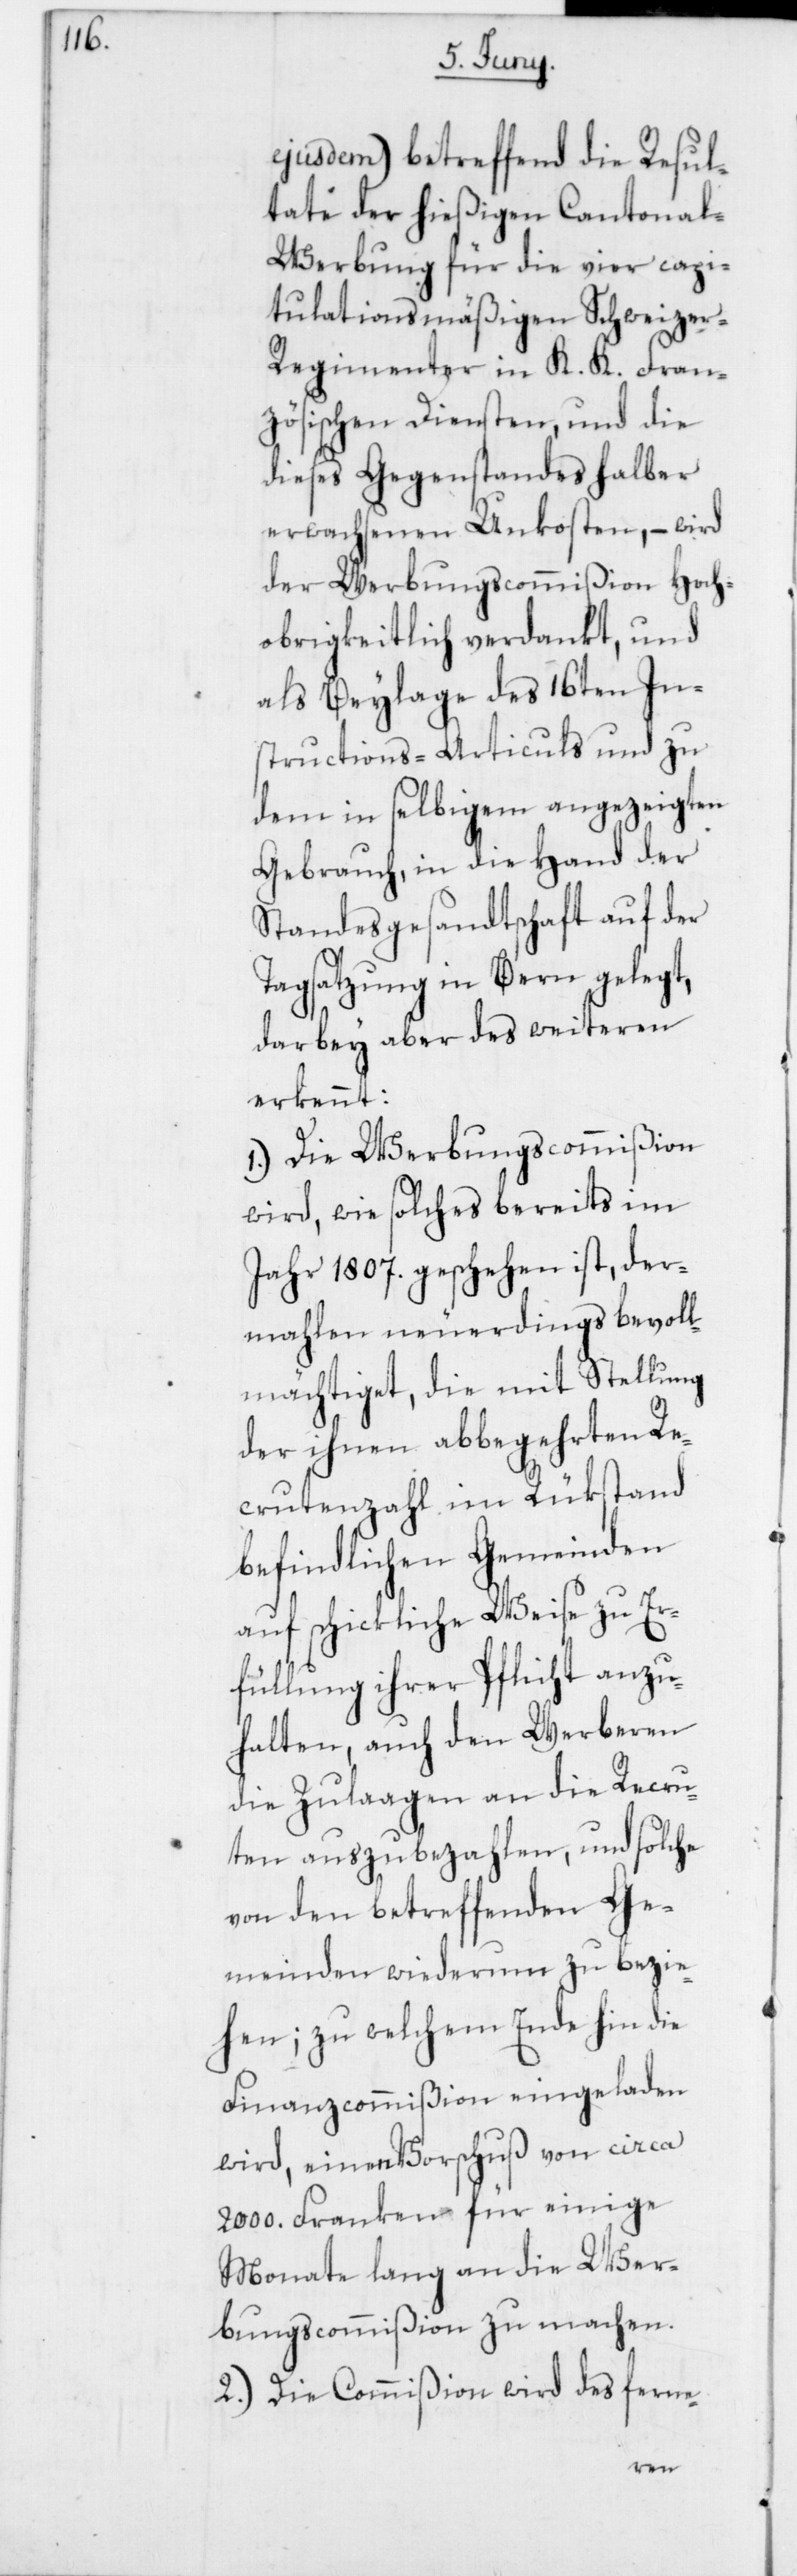
ejusdem) betreffend die Resul¬
tate der hießigen Cantona¬
l-Werbung für die vier capi¬
tulationsmäßigen Schweizer-R¬
egimenter in K. K. Fran¬
zösischen Diensten, und die
dieses Gegenstandes halber
erwachsenen Unkosten, – wird
der Werbungscommißion Hoch¬
obrigkeitlich verdankt, und
als Beylage des 16ten In¬
structions-Articuls und zu
dem in selbigem angezeigten
Gebrauch, in die Hand der
Standesgesandtschaft auf der
Tagsatzung in Bern gelegt,
darbey aber des weiteren
erkennt:
1. Die Werbungscommißion
wird, wie solches bereits im
Jahr 1807 geschehen ist, der¬
mahlen neuerdings bevoll¬
mächtiget, die mit Stellung
der ihnen abbegehrten Re¬
crutenzahl im Rükstand
befindlichen Gemeinden
auf schickliche Weise zu Er¬
füllung ihrer Pflicht anzu¬
halten, auch den Werberen
die Zulaagen an die Recru¬
ten auszubezahlen, und solche
von den betreffenden Ge¬
meinden wiederum zu bezie¬
hen; zu welchem Ende hin die
Finanzcommißion eingeladen
wird, einen Vorschuß von circa
2000. Franken für einige
Monate lang an die Wer¬
bungscommißion zu machen.
2. Die Commißion wird des ferne-